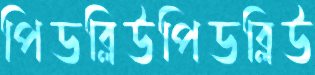
পিডব্লিউপিডব্লিউ